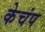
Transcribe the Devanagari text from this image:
केचंप